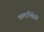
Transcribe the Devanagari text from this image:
कलानिष्ठेची